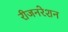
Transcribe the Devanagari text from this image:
रीजनरेशन